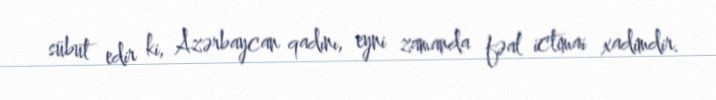
sübut edir ki, Azərbaycan qadını, eyni zamanda fəal ictimai xadimdir.